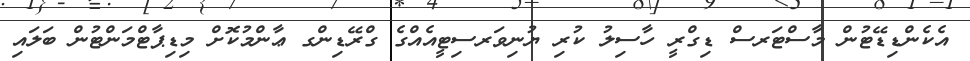
އެކެންޑިޑޭޓުން މާސްޓަރސް ޑިގްރީ ހާސިލު ކުރި ޔުނިވަރސިޓީއެއްގެ ގްރޭޑިންގ ޢާންމުކޮށް މިޑިޕާޓްމަންޓުން ބަލައި